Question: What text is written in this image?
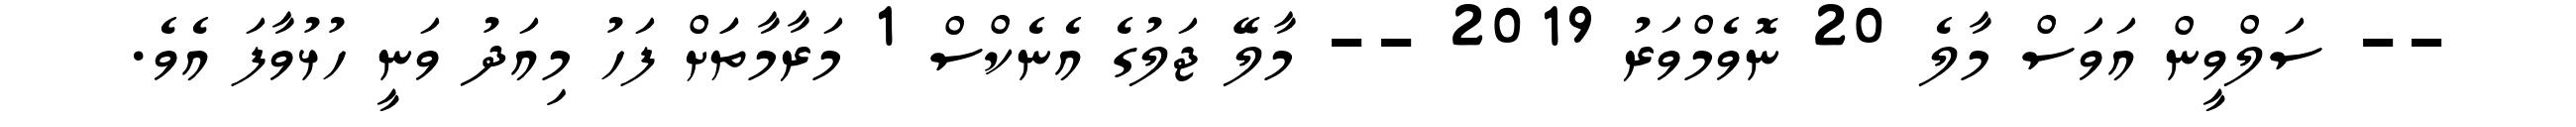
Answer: -- ސަލްވީން އަވަސް މާލެ 20 ނޮވެމްވަރު 2019 -- މާލޭ ޖަލުގެ އެނެކްސް 1 މަރާމާތަަށް ފަހު މިއަދު ވަނީ ހުޅުވާފަ އެވެ.